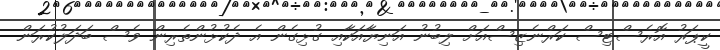
ކީޕަރު އޮރެސްޓިސް ކަރްނެޒިސްއަށް ލިބުނު އަނިޔާއަކާއި ގުޅިގެން އެ ދެކުޅުންތެރިން ވެސް ބަދަލުކުރަން